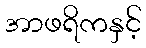
အာဖရိကနှင့်